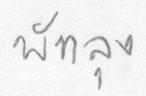
พัทลุง